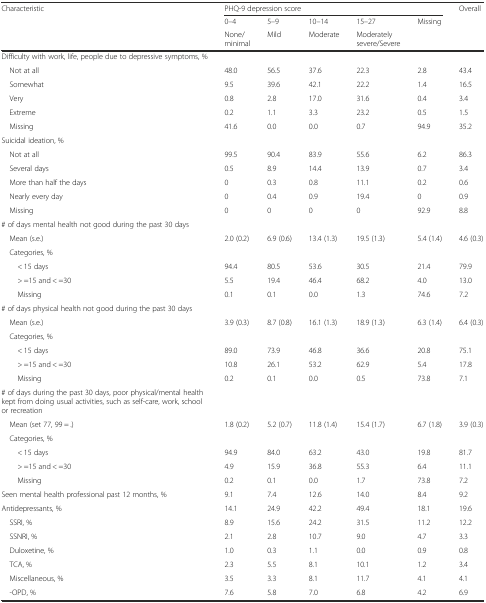
<table><thead><tr><td rowspan="3"><b>Characteristic</b></td><td colspan="5"><b>PHQ-9 depression score</b></td><td><b>Overall</b></td></tr><tr><td><b>0–4</b></td><td><b>5–9</b></td><td><b>10–14</b></td><td><b>15–27</b></td><td><b>Missing</b></td><td></td></tr><tr><td><b>None/minimal</b></td><td><b>Mild</b></td><td><b>Moderate</b></td><td><b>Moderately severe/Severe</b></td><td></td><td></td></tr></thead><tbody><tr><td>Difficulty with work, life, people due to depressive symptoms, %</td><td></td><td></td><td></td><td></td><td></td><td></td></tr><tr><td> Not at all</td><td>48.0</td><td>56.5</td><td>37.6</td><td>22.3</td><td>2.8</td><td>43.4</td></tr><tr><td> Somewhat</td><td>9.5</td><td>39.6</td><td>42.1</td><td>22.2</td><td>1.4</td><td>16.5</td></tr><tr><td> Very</td><td>0.8</td><td>2.8</td><td>17.0</td><td>31.6</td><td>0.4</td><td>3.4</td></tr><tr><td> Extreme</td><td>0.2</td><td>1.1</td><td>3.3</td><td>23.2</td><td>0.5</td><td>1.5</td></tr><tr><td> Missing</td><td>41.6</td><td>0.0</td><td>0.0</td><td>0.7</td><td>94.9</td><td>35.2</td></tr><tr><td>Suicidal ideation, %</td><td></td><td></td><td></td><td></td><td></td><td></td></tr><tr><td> Not at all</td><td>99.5</td><td>90.4</td><td>83.9</td><td>55.6</td><td>6.2</td><td>86.3</td></tr><tr><td> Several days</td><td>0.5</td><td>8.9</td><td>14.4</td><td>13.9</td><td>0.7</td><td>3.4</td></tr><tr><td> More than half the days</td><td>0</td><td>0.3</td><td>0.8</td><td>11.1</td><td>0.2</td><td>0.6</td></tr><tr><td> Nearly every day</td><td>0</td><td>0.4</td><td>0.9</td><td>19.4</td><td>0</td><td>0.9</td></tr><tr><td> Missing</td><td>0</td><td>0</td><td>0</td><td>0</td><td>92.9</td><td>8.8</td></tr><tr><td># of days mental health not good during the past 30 days</td><td></td><td></td><td></td><td></td><td></td><td></td></tr><tr><td> Mean (s.e.)</td><td>2.0 (0.2)</td><td>6.9 (0.6)</td><td>13.4 (1.3)</td><td>19.5 (1.3)</td><td>5.4 (1.4)</td><td>4.6 (0.3)</td></tr><tr><td> Categories, %</td><td></td><td></td><td></td><td></td><td></td><td></td></tr><tr><td>&lt; 15 days</td><td>94.4</td><td>80.5</td><td>53.6</td><td>30.5</td><td>21.4</td><td>79.9</td></tr><tr><td>&gt; =15 and &lt; =30</td><td>5.5</td><td>19.4</td><td>46.4</td><td>68.2</td><td>4.0</td><td>13.0</td></tr><tr><td>Missing</td><td>0.1</td><td>0.1</td><td>0.0</td><td>1.3</td><td>74.6</td><td>7.2</td></tr><tr><td># of days physical health not good during the past 30 days</td><td></td><td></td><td></td><td></td><td></td><td></td></tr><tr><td> Mean (s.e.)</td><td>3.9 (0.3)</td><td>8.7 (0.8)</td><td>16.1 (1.3)</td><td>18.9 (1.3)</td><td>6.3 (1.4)</td><td>6.4 (0.3)</td></tr><tr><td> Categories, %</td><td></td><td></td><td></td><td></td><td></td><td></td></tr><tr><td>&lt; 15 days</td><td>89.0</td><td>73.9</td><td>46.8</td><td>36.6</td><td>20.8</td><td>75.1</td></tr><tr><td>&gt; =15 and &lt; =30</td><td>10.8</td><td>26.1</td><td>53.2</td><td>62.9</td><td>5.4</td><td>17.8</td></tr><tr><td>Missing</td><td>0.2</td><td>0.1</td><td>0.0</td><td>0.5</td><td>73.8</td><td>7.1</td></tr><tr><td># of days during the past 30 days, poor physical/mental health kept from doing usual activities, such as self-care, work, school or recreation</td><td></td><td></td><td></td><td></td><td></td><td></td></tr><tr><td> Mean (set 77, 99 = .)</td><td>1.8 (0.2)</td><td>5.2 (0.7)</td><td>11.8 (1.4)</td><td>15.4 (1.7)</td><td>6.7 (1.8)</td><td>3.9 (0.3)</td></tr><tr><td> Categories, %</td><td></td><td></td><td></td><td></td><td></td><td></td></tr><tr><td>&lt; 15 days</td><td>94.9</td><td>84.0</td><td>63.2</td><td>43.0</td><td>19.8</td><td>81.7</td></tr><tr><td>&gt; =15 and &lt; =30</td><td>4.9</td><td>15.9</td><td>36.8</td><td>55.3</td><td>6.4</td><td>11.1</td></tr><tr><td>Missing</td><td>0.2</td><td>0.1</td><td>0.0</td><td>1.7</td><td>73.8</td><td>7.2</td></tr><tr><td>Seen mental health professional past 12 months, %</td><td>9.1</td><td>7.4</td><td>12.6</td><td>14.0</td><td>8.4</td><td>9.2</td></tr><tr><td>Antidepressants, %</td><td>14.1</td><td>24.9</td><td>42.2</td><td>49.4</td><td>18.1</td><td>19.6</td></tr><tr><td> SSRI, %</td><td>8.9</td><td>15.6</td><td>24.2</td><td>31.5</td><td>11.2</td><td>12.2</td></tr><tr><td> SSNRI, %</td><td>2.1</td><td>2.8</td><td>10.7</td><td>9.0</td><td>4.7</td><td>3.3</td></tr><tr><td> Duloxetine, %</td><td>1.0</td><td>0.3</td><td>1.1</td><td>0.0</td><td>0.9</td><td>0.8</td></tr><tr><td> TCA, %</td><td>2.3</td><td>5.5</td><td>8.1</td><td>10.1</td><td>1.2</td><td>3.4</td></tr><tr><td> Miscellaneous, %</td><td>3.5</td><td>3.3</td><td>8.1</td><td>11.7</td><td>4.1</td><td>4.1</td></tr><tr><td> -OPD, %</td><td>7.6</td><td>5.8</td><td>7.0</td><td>6.8</td><td>4.2</td><td>6.9</td></tr></tbody></table>